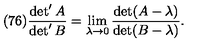
( 7 6 ) \frac { \det ^ { \prime } A } { \det ^ { \prime } B } = \lim _ { \lambda \to 0 } \frac { \det ( A - \lambda ) } { \det ( B - \lambda ) } .